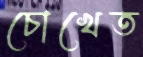
চোখেত